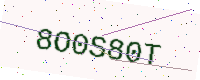
Text: 8O0S80T